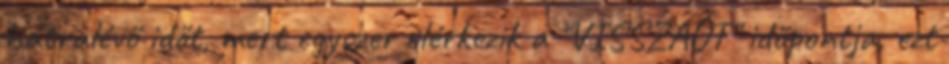
hátralévő időt, mert egyszer elérkezik a "VISSZAÚT" időpontja, ezt